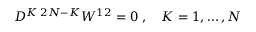
D ^ { K \; 2 N - K } W ^ { 1 2 } = 0 \; , \quad K = 1 , \ldots , N